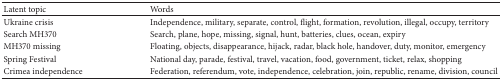
| Latent topic | Words |
 | --- | --- |
 | Ukraine crisis | Independence, military, separate, control, flight, formation, revolution, illegal, occupy, territory |
 | Search MH370 | Search, plane, hope, missing, signal, hunt, batteries, clues, ocean, expiry |
 | MH370 missing | Floating, objects, disappearance, hijack, radar, black hole, handover, duty, monitor, emergency |
 | Spring Festival | National day, parade, festival, travel, vacation, food, government, ticket, relax, shopping |
 | Crimea independence | Federation, referendum, vote, independence, celebration, join, republic, rename, division, council |